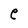
Character: e